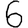
Digit: 6